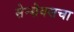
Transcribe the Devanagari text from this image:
सेन्सेक्सचा